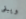
ويبقى